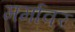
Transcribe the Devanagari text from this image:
मर्मावर